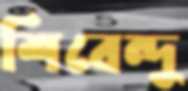
শিবেন্দু